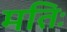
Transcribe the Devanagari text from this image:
मतिः